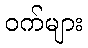
ဝက်များ